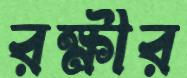
রক্ষীর